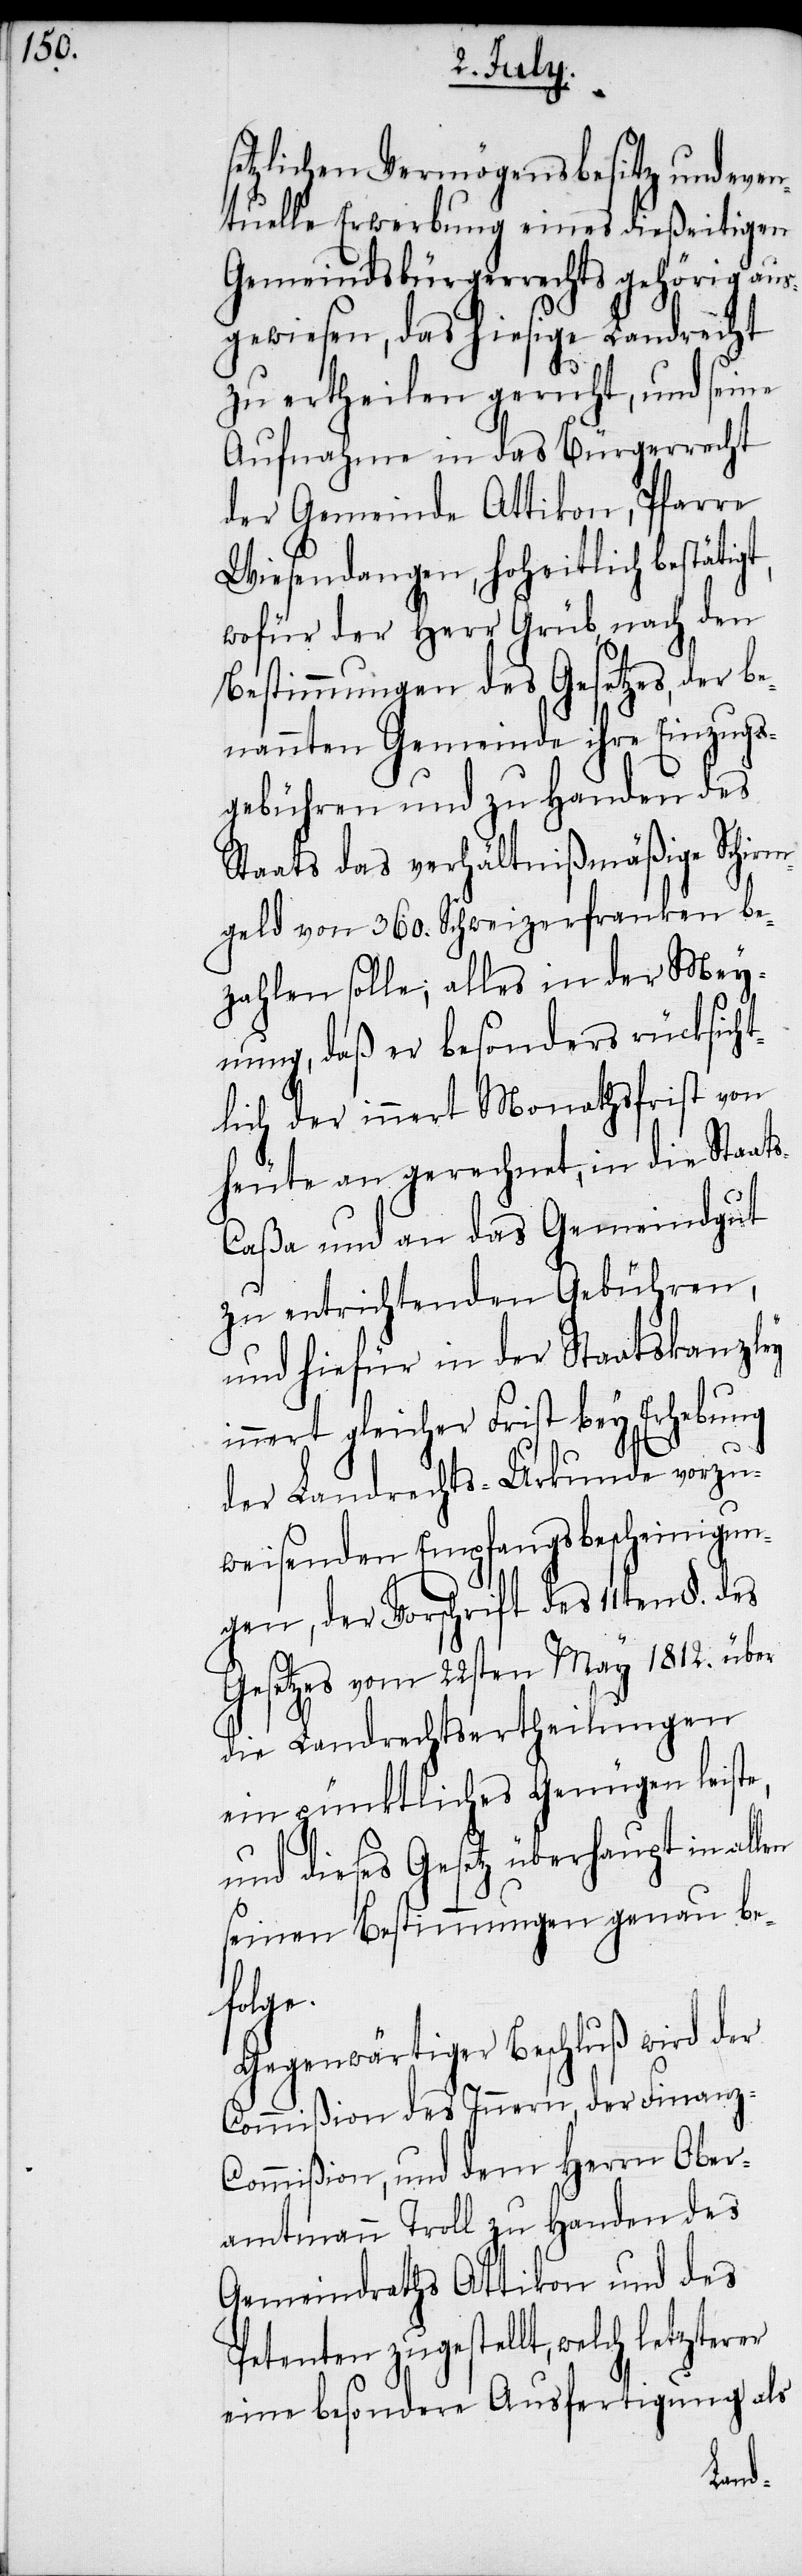
setzlichen Vermögensbesitz und even¬
tuelle Erwerbung eines dießeitigen
Gemeindsbürgerrechts gehörig au¬
sgewiesen, das hiesige Landrecht
zu ertheilen geruht, und seine
Aufnahme in das Bürgerrecht
der Gemeinde Attikon, Pfarre
Wiesendangen, hoheitlich bestät¬
wofür der Herr Grüb, nach den
Bestimmungen des Gesetzes, d¬
nannten Gemeinde ihre Einzugs¬
gebühren und zu Handen des
Staats das verhältnißmäßige Sch¬
geld von 360. Schweizerfranken be¬
zahlen solle; alles in der Mey¬
nung, daß er besonders rücksi¬
lich der innert Monathsfrist von
heute an gerechnet, in die St¬
s-Caßa und an das Gemeindgut
zu entrichtenden Gebü¬
und hiefür in der Staatskanzley
innert gleicher Frist
vorzu¬
der Landrechts-Urk¬
weisenden Empfangsbescheinigu¬
ngen, der Vorschrift des 11ten §. des
Gesetzes vom 22sten May 1812. über
die Landrechtsertheilungen
ein pünktliches Genügen leist¬
t in all¬
und dieses Gesetz über¬
en
seinen Bestimmungen
folge.
Gegenwärtiger Beschluß wird der
Commißion des Innern, der Finanz-C¬
ommißion, und dem Herrn Ober¬
amtmann Troll zu Handen des
Gemeindraths Attikon und des
Petenten zugestellt, welch letzterer
eine besondere Ausfertigung als